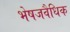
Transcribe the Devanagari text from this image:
भेषजवैधिक